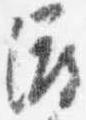
渡